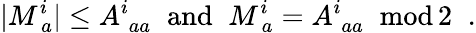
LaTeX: |M_{~a}^{i}|\leq A_{\; aa}^{i}\; \; \mathrm{and}\; \; M_{~a}^{i}=A_{\; aa}^{i}\; \; \mathrm{mod}\, 2\; \; .